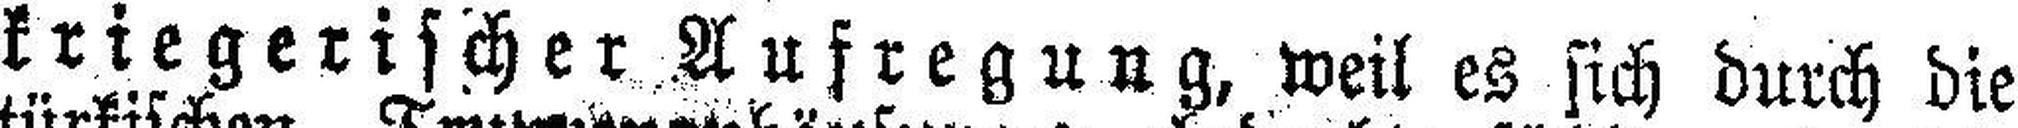
kriegerischer Aufregung, weil es sich durch die